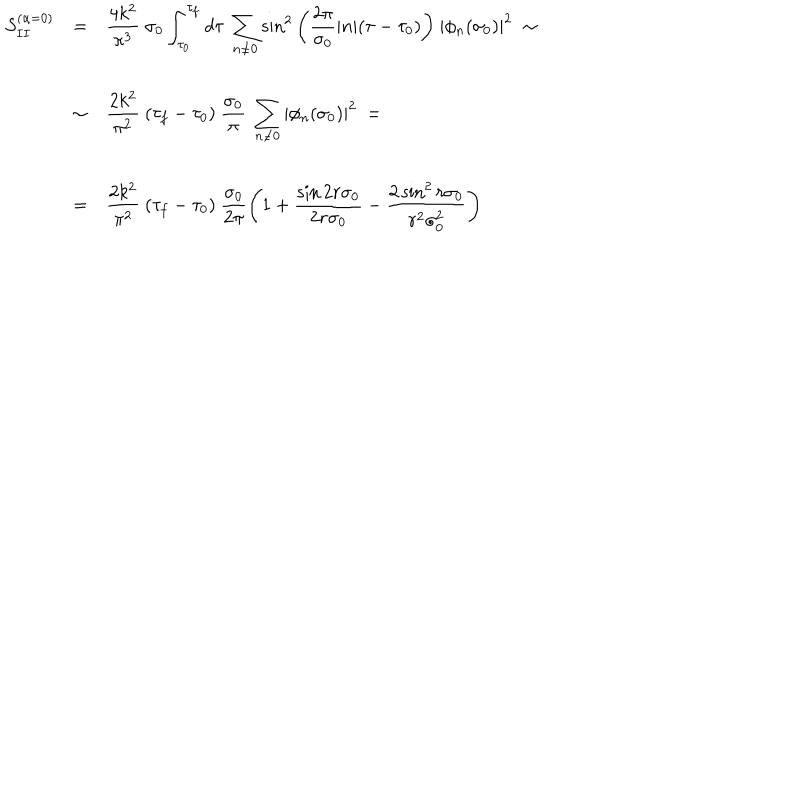
\begin{array} { l c l } { { S _ { I I } ^ { ( \alpha = 0 ) } } } & { { = } } & { { { \displaystyle \frac { 4 k ^ { 2 } } { \pi ^ { 3 } } ~ \sigma _ { 0 } \int _ { \tau _ { 0 } } ^ { \tau _ { f } } d \tau ~ \sum _ { n \neq 0 } ^ { } { \sin } ^ { 2 } \left( \frac { 2 \pi } { \sigma _ { 0 } } | n | ( \tau - \tau _ { 0 } ) \right) } ~ | \phi _ { n } ( \sigma _ { 0 } ) | ^ { 2 } \; \sim } } \\ { { } } & { { } } & { { } } \\ { { } } & { { \sim } } & { { { \displaystyle \frac { 2 k ^ { 2 } } { \pi ^ { 2 } } ~ ( \tau _ { f } - \tau _ { 0 } ) ~ \frac { \sigma _ { 0 } } { \pi } ~ \sum _ { n \neq 0 } ^ { } | \phi _ { n } ( \sigma _ { 0 } ) | ^ { 2 } } ~ = } } \\ { { } } & { { } } & { { } } \\ { { } } & { { = } } & { { { \displaystyle \frac { 2 k ^ { 2 } } { \pi ^ { 2 } } ~ ( \tau _ { f } - \tau _ { 0 } ) ~ \frac { \sigma _ { 0 } } { 2 \pi } \left( 1 + \frac { \sin 2 r \sigma _ { 0 } } { 2 r \sigma _ { 0 } } - \frac { 2 \, { \sin } ^ { 2 } \, r \sigma _ { 0 } } { r ^ { 2 } \sigma _ { 0 } ^ { 2 } } \right) } } } \\ \end{array}